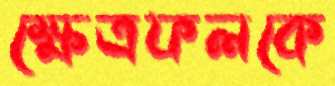
ক্ষেত্রফলকে